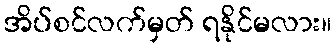
အိပ်စင်လက်မှတ် ရနိုင်မလား။